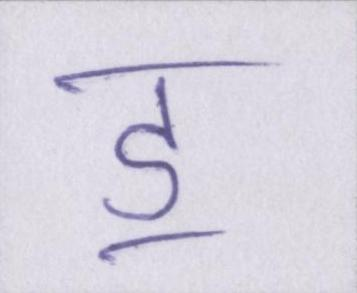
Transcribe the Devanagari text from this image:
ॾ